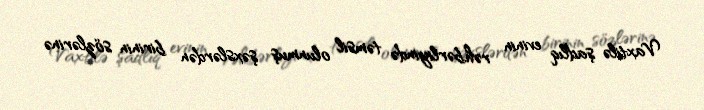
Vaxtilə şadlıq evinin rəhbərliyində təmsil olunmuş şəxslərdən birinin sözlərinə